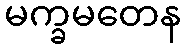
မက္ခမတေန